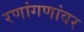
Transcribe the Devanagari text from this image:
रणांगणांवर